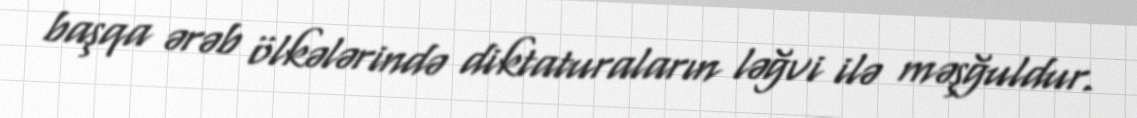
başqa ərəb ölkələrində diktaturaların ləğvi ilə məşğuldur.